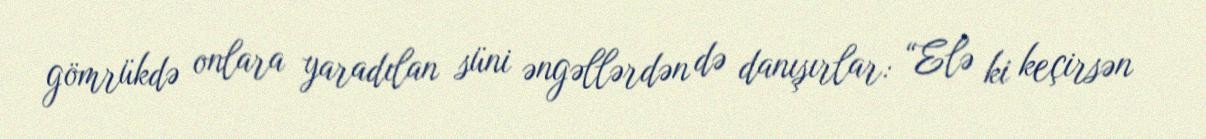
gömrükdə onlara yaradılan süni əngəllərdən də danışırlar: “Elə ki keçirsən